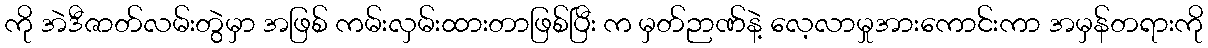
ကို အဲဒီဇာတ်လမ်းတွဲမှာ အဖြစ် ကမ်းလှမ်းထားတာဖြစ်ပြီး က မှတ်ဉာဏ်နဲ့ လေ့လာမှုအားကောင်းကာ အမှန်တရားကို